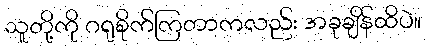
သူတို့ကို ဂရုစိုက်ကြတာကလည်း အခုချိန်ထိပဲ။